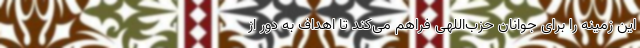
این زمینه را برای جوانان حزب‌اللهی فراهم می‌کند تا اهداف به دور از